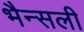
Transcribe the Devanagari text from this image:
भैन्सली